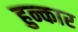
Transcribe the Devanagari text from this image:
हुन्कार